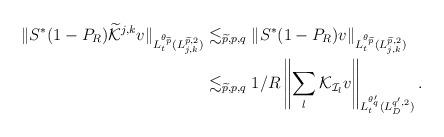
LaTeX: \begin{align*}\begin{aligned}\|S^*(1-P_R)\widetilde{\mathcal{K}}^{j,k}v\|_{L_t^{\theta_{\widetilde{p}}}(L^{\widetilde{p},2}_{j,k})}&\lesssim_{\widetilde{p},p,q} \|S^*(1-P_R)v\|_{L_t^{\theta_{\widetilde{p}}}(L^{\widetilde{p},2}_{j,k})}\\&\lesssim_{\widetilde{p},p,q} 1/R\left\|\sum_{l}\mathcal{K}_{\mathcal{I}_l}v\right\|_{L_t^{\theta_q'}(L^{q',2}_D)}.\end{aligned}\end{align*}